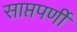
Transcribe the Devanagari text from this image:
साप्तपर्णी